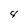
Character: 4